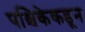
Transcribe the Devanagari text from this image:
पश्चिकेकडून